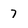
Character: 7